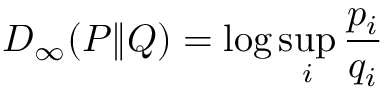
D _ { \infty } ( P \| Q ) = \log \operatorname* { s u p } _ { i } { \frac { p _ { i } } { q _ { i } } }